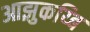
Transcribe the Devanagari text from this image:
आझुकय्बि